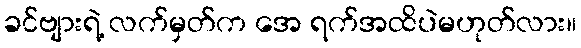
ခင်ဗျားရဲ့ လက်မှတ်က အေ ရက်အထိပဲမဟုတ်လား။